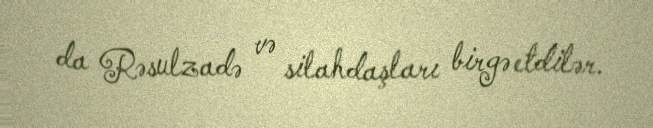
da Rəsulzadə və silahdaşları birgə etdilər.